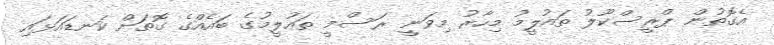
އެގޮތުން ޕްރީސްކޫލު ތައުލީމު މިހާރު މިވަނީ ރަސްމީ ތައުލީމުގެ ބައެއްގެ ގޮތަށް ކަނޑައަޅައި